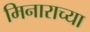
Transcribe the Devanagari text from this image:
मिनाराच्या